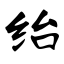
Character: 绐